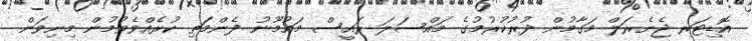
އޮޑިޓަރ ޖެނެރަލް މަގާމުން ދުރުކުރުމުގެ މައްސަލަ ރައީސް މައުމޫނު ފެންމަތި ކުރެއްވެވުމުން މިނިވަން